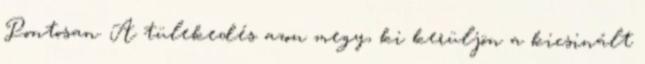
Pontosan. A tülekedés azon megy, ki kerüljön a kicsinált